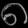
Digit: ၈